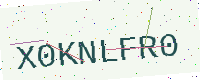
Text: X0KNLFR0